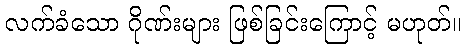
လက်ခံသော ဂိုဏ်းများ ဖြစ်ခြင်းကြောင့် မဟုတ်။